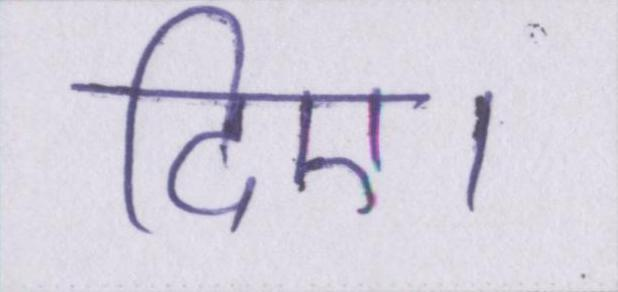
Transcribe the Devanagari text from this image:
दिए।